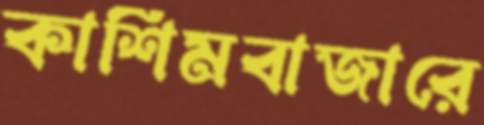
কাশিমবাজারে